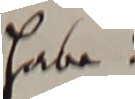
habe.